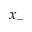
x _ { - }